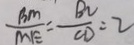
\frac { B M } { M E } = \frac { B C } { C D } = 2